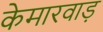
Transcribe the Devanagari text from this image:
केमारवाड़